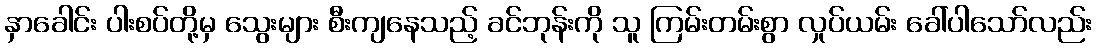
နှာခေါင်း ပါးစပ်တို့မှ သွေးများ စီးကျနေသည့် ခင်ဘုန်းကို သူ ကြမ်းတမ်းစွာ လှုပ်ယမ်း ခေါ်ပါသော်လည်း